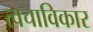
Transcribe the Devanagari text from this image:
त्वचाविकार